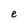
Character: e